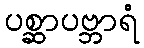
ပစ္ဆာပဗ္ဘာရံ